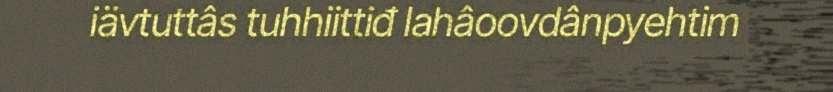
iävtuttâs tuhhiittiđ lahâoovdânpyehtim